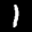
Label: 1